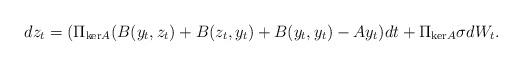
LaTeX: \begin{align*}dz_t = (\Pi_{\mathrm{ker}A}(B(y_t,z_t) + B(z_t,y_t) + B(y_t,y_t)-Ay_t)dt + \Pi_{\mathrm{ker}A}\sigma dW_t. \end{align*}